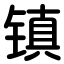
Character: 镇